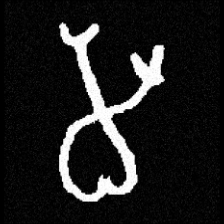
Pyu character \u2014 Myanmar letter: မ (romanized: ma)